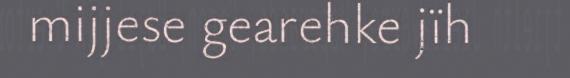
mijjese gearehke jïh